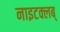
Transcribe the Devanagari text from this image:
नाइटक्लब्